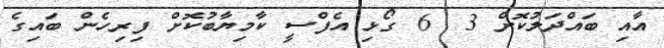
އާއި ބައްދަލުކޮށް 3  6 ގޯޅި އެފްސީ ކާމިޔާބުކޮށް ފިރިހެން ބައިގެ